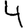
Digit: 4